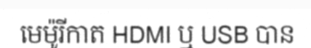
មេម៉ូរីកាត HDMI ឬ USB បាន